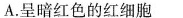
A.呈暗红色的红细胞